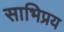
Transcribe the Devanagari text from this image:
साभिप्रय